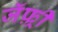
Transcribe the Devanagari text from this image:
जॅफ़्री